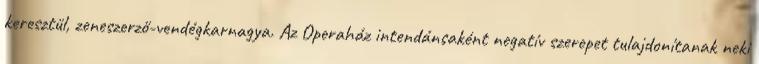
keresztül, zeneszerző-vendégkarnagya. Az Operaház intendánsaként negatív szerepet tulajdonítanak neki